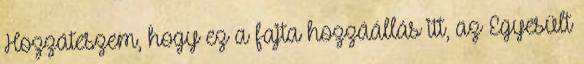
Hozzáteszem, hogy ez a fajta hozzáállás itt, az Egyesült